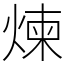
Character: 煉